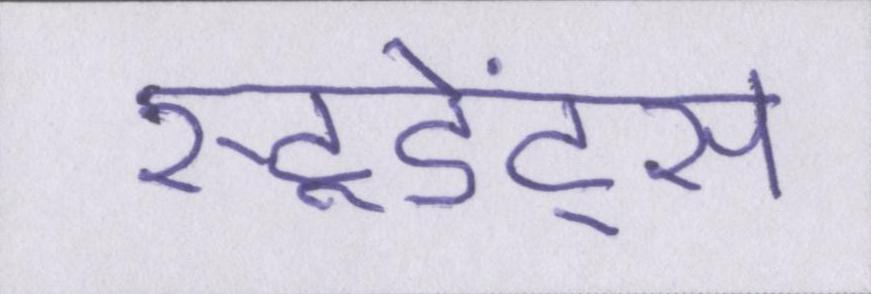
स्टूडेंट्स